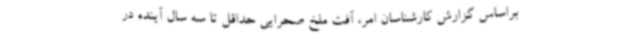
براساس گزارش کارشناسان امر، آفت ملخ صحرایی حداقل تا سه سال آینده در